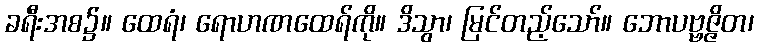
ခရီးအစ၌။ ထေရံ၊ ရောဟဏထေရ်ကို။ ဒိသွာ၊ မြင်တည့်သော်။ ဘောပဗ္ဗဇ္ဇိတ၊